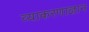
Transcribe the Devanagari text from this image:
व्याकरणाज्ञान